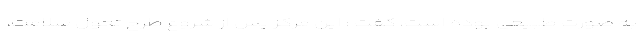
به صورت طبیعی بوده است، گفت : این مرکز پس از شروع طرح تحول سلامت،